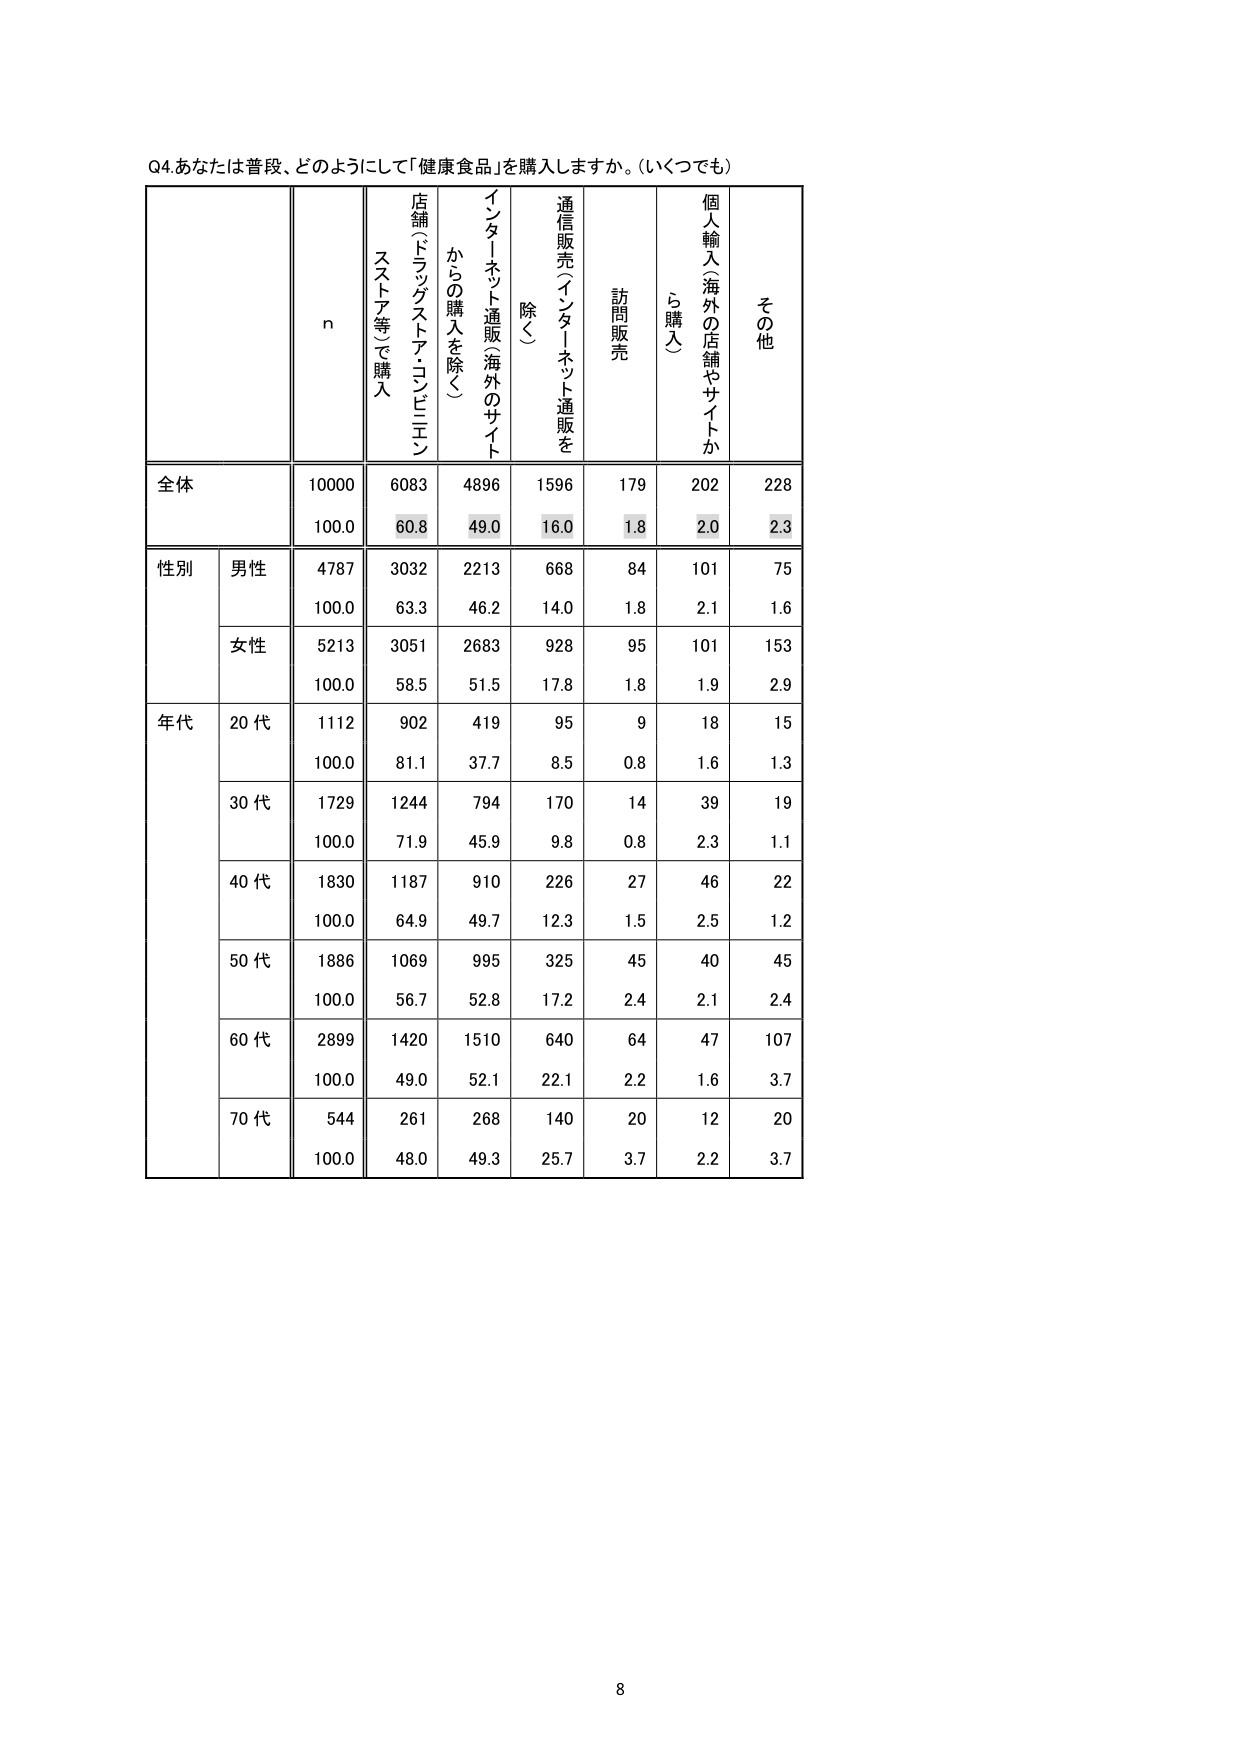
Q4.あなたは普段、どのようにして「健康食品」を購入しますか。(いくつでも)

n
店舗（ドラッグストア・コンビニエンスストア等で購入）
インターネット通販（海外のサイトからの購入を除く）
通信販売（インターネット通販を除く）
訪問販売
個人輸入（海外の店舗やサイトから購入）
その他

全体
10000
6083
4896
1596
179
202
228
100.0
60.8
49.0
16.0
1.8
2.0
2.3

性別
男性
4787
3032
2213
668
84
101
75
100.0
63.3
46.2
14.0
1.8
2.1
1.6
女性
5213
3051
2683
928
95
101
153
100.0
58.5
51.5
17.8
1.8
1.9
2.9

年代
20代
1112
902
419
95
9
18
15
100.0
81.1
37.7
8.5
0.8
1.6
1.3
30代
1729
1244
794
170
14
39
19
100.0
71.9
45.9
9.8
0.8
2.3
1.1
40代
1830
1187
910
226
27
46
22
100.0
64.9
49.7
12.3
1.5
2.5
1.2
50代
1886
1069
995
325
45
40
45
100.0
56.7
52.8
17.2
2.4
2.1
2.4
60代
2899
1420
1510
640
64
47
107
100.0
49.0
52.1
22.1
2.2
1.6
3.7
70代
544
261
268
140
20
12
20
100.0
48.0
49.3
25.7
3.7
2.2
3.7

8